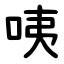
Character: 咦